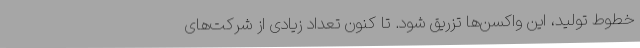
خطوط تولید، این واکسن‌ها تزریق شود. تا کنون تعداد زیادی از شرکت‌های